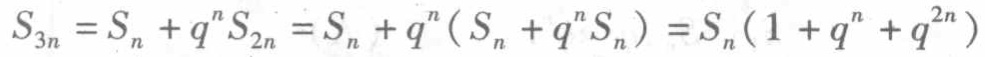
\(S_{3n}=S_{n}+q^{n}S_{2n}=S_{n}+q^{n}(S_{n}+q^{n}S_{n})=S_{n}(1 + q^{n}+q^{2n})\)